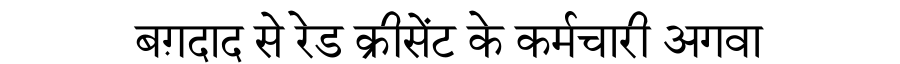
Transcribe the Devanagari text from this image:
बग़दाद से रेड क्रीसेंट के कर्मचारी अगवा